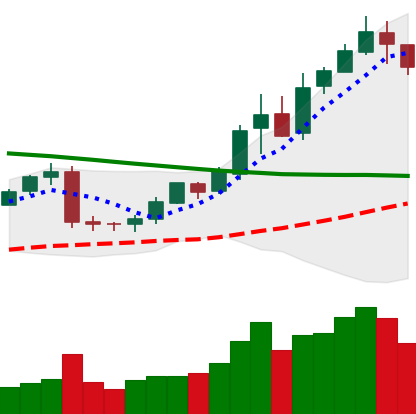
Ticker: BNB-USD
Chart end date: 2019-02-13
Forward return: 7.755%
Label: up_7plus